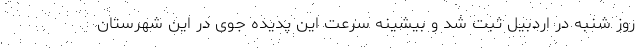
روز شنبه در اردبیل ثبت شد و بیشینه سرعت این پدیده جوی در این شهرستان